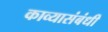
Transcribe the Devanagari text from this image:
काव्यासंबंधी